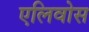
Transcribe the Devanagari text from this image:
एलिवोस